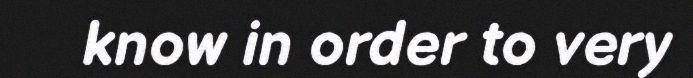
know in order to very